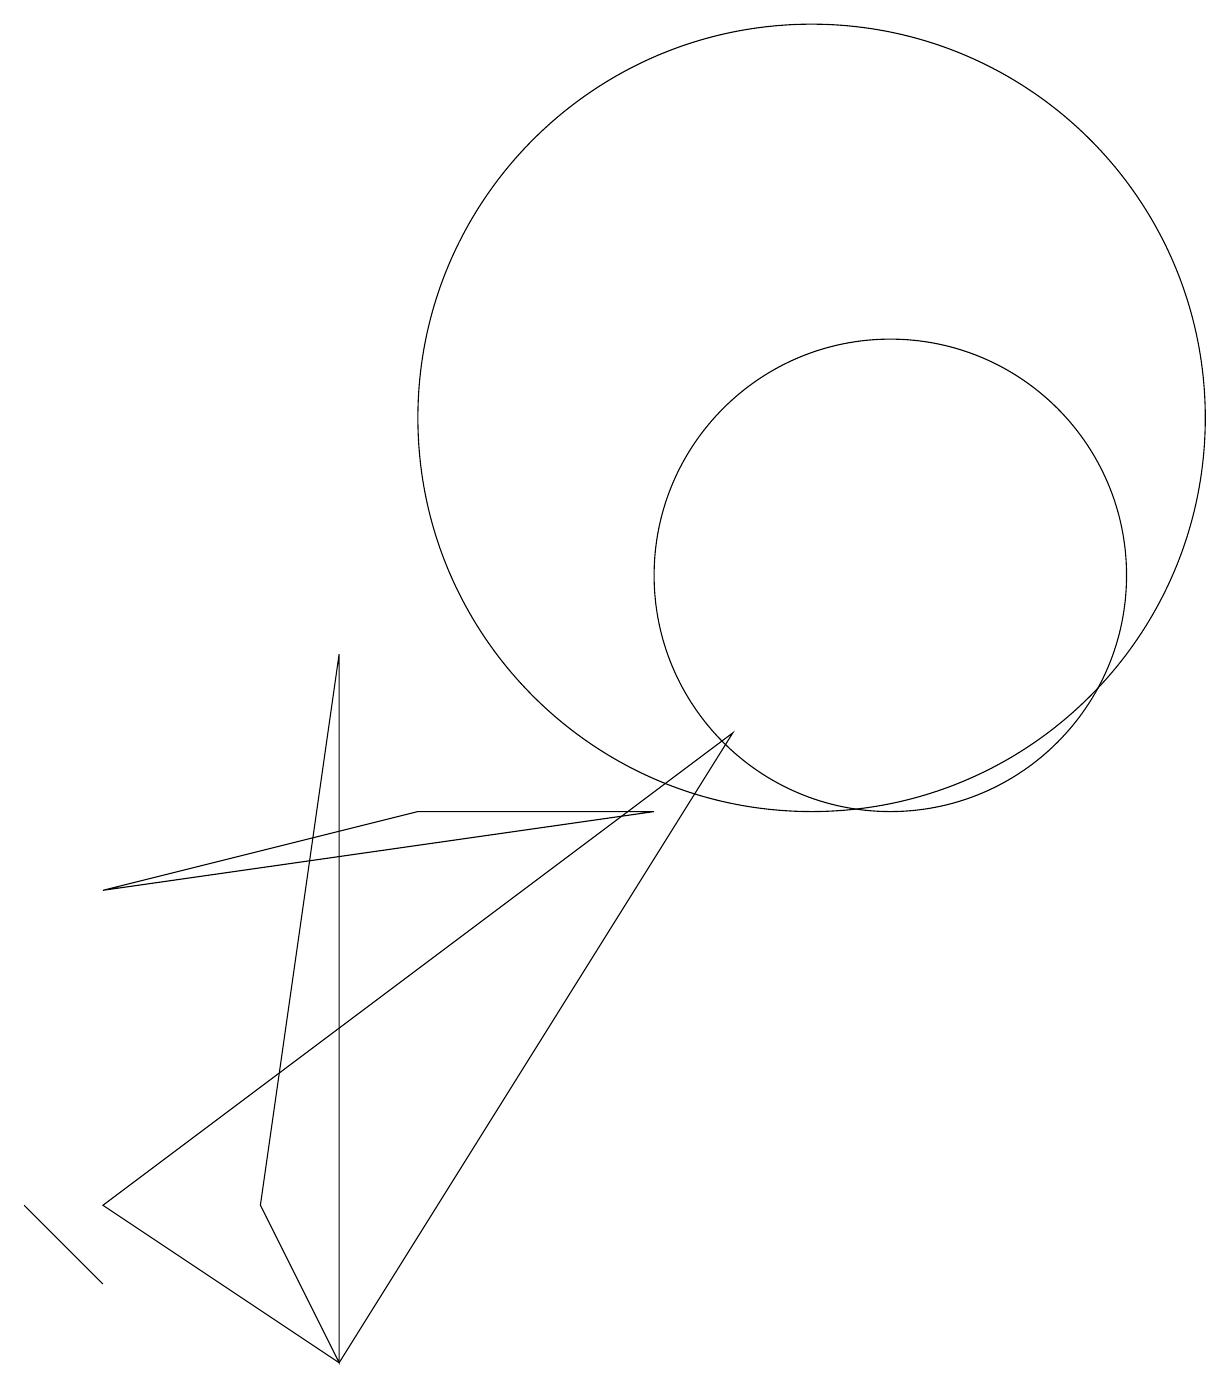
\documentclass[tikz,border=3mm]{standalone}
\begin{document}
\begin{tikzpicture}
\draw (11,10) circle (3);
\draw (4,0) -- (3,2) -- (4,9) -- cycle;
\draw (1,6) -- (8,7) -- (5,7) -- cycle;
\draw (1,1) -- (0,2) -- (1,1) -- cycle;
\draw (9,8) -- (4,0) -- (1,2) -- cycle;
\draw (10,12) circle (5);
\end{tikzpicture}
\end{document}